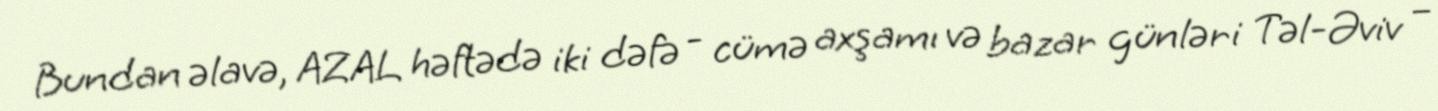
Bundan əlavə, AZAL həftədə iki dəfə - cümə axşamı və bazar günləri Təl-Əviv –